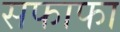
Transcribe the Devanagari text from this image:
सफाफा